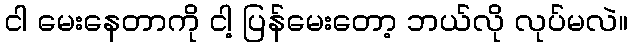
ငါ မေးနေတာကို ငါ့ ပြန်မေးတော့ ဘယ်လို လုပ်မလဲ။